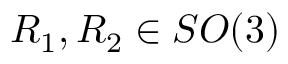
R _ { 1 } , R _ { 2 } \in S O ( 3 )